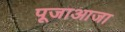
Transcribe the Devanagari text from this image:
पूजाआजा